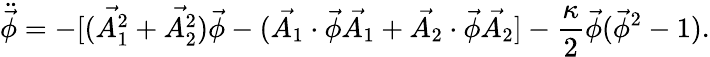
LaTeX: \ddot{\vec{\phi}}=-[(\vec{A_{1}^{2}}+\vec{A_{2}^{2}})\vec{\phi}-(\vec{A_{1}}\cdot\vec{\phi}\vec{A_{1}}+\vec{A_{2}}\cdot\vec{\phi}\vec{A_{2}}]-\frac{\kappa}{2}\vec{\phi}(\vec{\phi}^{2}-1).